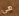
هي